画像に写った文字を読んでください
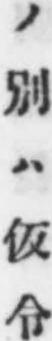
「ノ別ハ仮令」と書いてあります